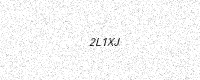
Text: 2L1XJ